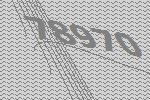
78970